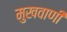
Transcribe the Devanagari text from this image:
मुखवाणी